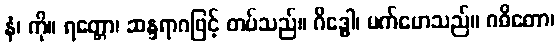
နံ၊ ကို။ ရတ္တော၊ ဆန္ဒရာဂဖြင့် တပ်သည်။ ဂိဒ္ဓေါ၊ မက်မောသည်။ ဂဓိတော၊